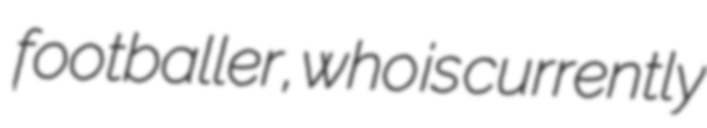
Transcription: footballer, who is currently